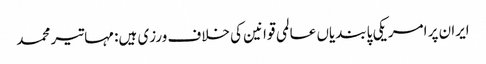
ایران پر امریکی پابندیاں عالمی قوانین کی خلاف ورزی ہیں: مہاتیر محمد